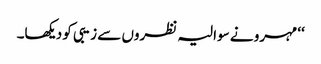
‘‘ مہرو نے سوالیہ نظروں سے زیبی کو دیکھا۔